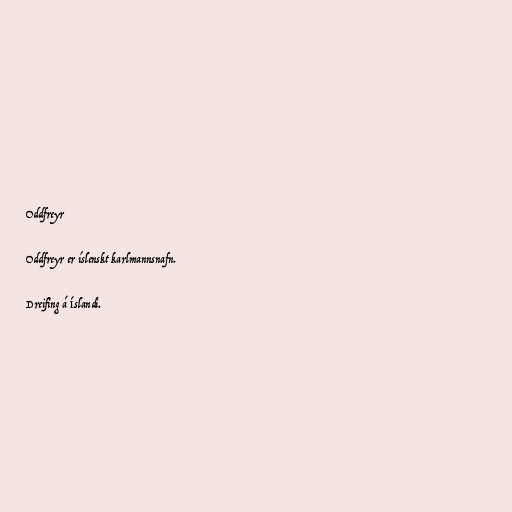
Oddfreyr

Oddfreyr er íslenskt karlmannsnafn.

Dreifing á Íslandi.